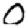
Digit: 0